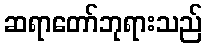
ဆရာတော်ဘုရားသည်